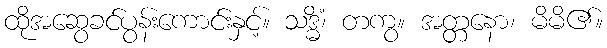
ထိုအဆွေခင်ပွန်းကောင်းနှင့်။ သဒ္ဓိံ၊ တကွ။ အတ္တနော၊ မိမိ၏။